Subject: physics
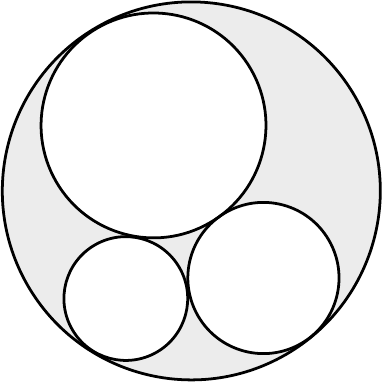
LaTeX code:
\begin{tikzpicture}[scale=1.2, line width=1pt,rotate=30]
    \fill[even odd rule, fill=gray!15] (0, 0) circle (2) (0, 0.8) circle (1.2) (0.2,-1.18) circle (0.8) (-1.17,-0.65) circle (0.65);

    \draw [] (0, 0) circle (2);

    \draw [] (0, 0.8) circle (1.19);
    \draw [] (0.2,-1.18) circle (0.8);
    \draw [] (-1.17,-0.64) circle (0.655);

\end{tikzpicture}